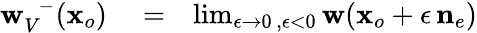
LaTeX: \begin{array}{rlr}{{{\mathbf w}}_{V}^{\, \, \, -}({\mathbf x}_{o})}&{{}=}&{\operatorname*{lim}_{\epsilon\rightarrow 0\, ,\epsilon<0}{\mathbf w}({\mathbf x}_{o}+\epsilon\, {{\mathbf n}}_{e})}\end{array}